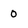
Character: 0